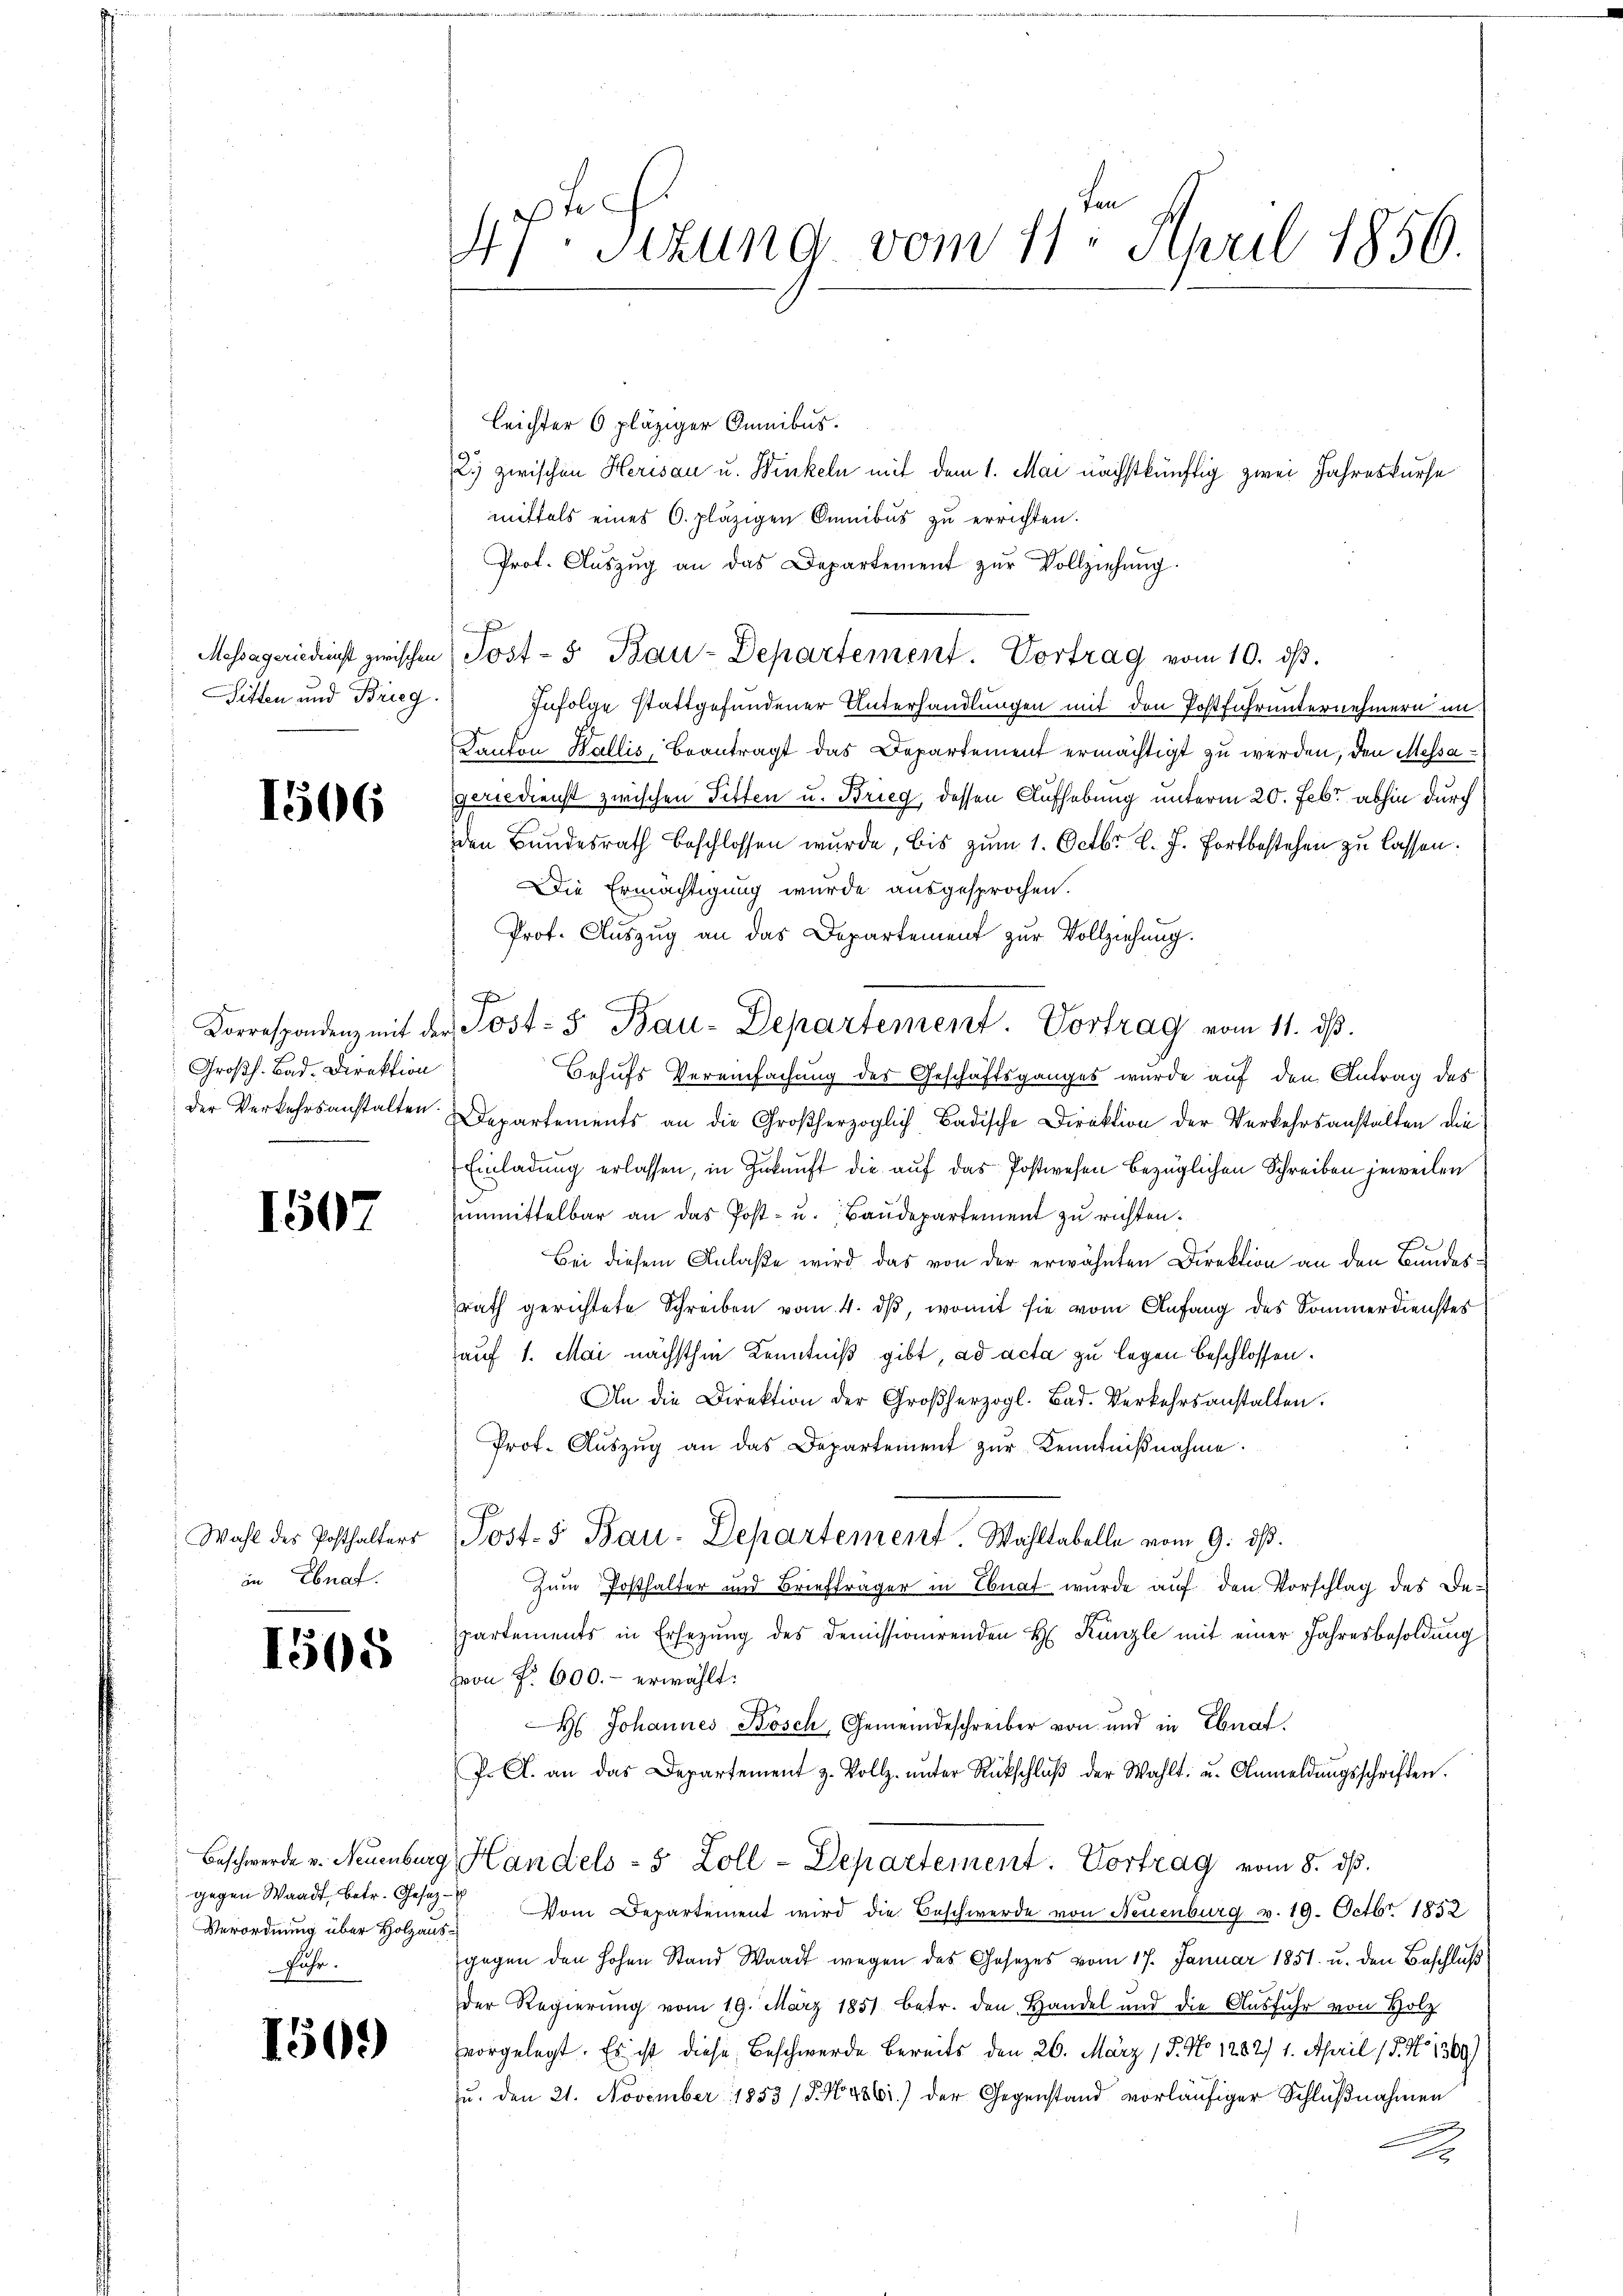
Messageriedienst zwischen
Sitten und Brieg

1506

Dorrespondenz mit der
Großh. Bad. Direktion
Der Verkehrsanstalten.

1507

Wahl des Posthalters
in Ebnaf.

1505

gegen Waadt, betr. Gesetz-
Verordnung über Holzausfuhr.

1569)

47r Sitzung vom 11. April 1856.

leichter 6 pläziger Omnibus.
2.) zwischen Herisau u. Winkeln mit dem 1. Mai nächstkünftig zwei Jahreskurse
mittels eines C. plätzigen Omnibus zu errichten.
Prot. Aŭszŭg an das Departement zŭr Vollziehŭng
(Post- & Bau-Departement. Vortrag vom 10. dβ.
Infolge stattgefundener Unterhandlungen mit den Postfuhrunternehmern un
Kanton Wallis, beantragt das Departement ermächtigt zu werden, den Messageriedienst zwischen Sitten u. Brieg dessen Aufhebung unterm 20. Febr. abhin durch
den Bundesrath beschlossen wurde, bis zum 1. Octbr. l. J. Fortbestehen zu lassen.
Die Ermächtigung wurde ausgesprochen.
Prof. Auszug an das Departement zur Vollziehung.
"Tost: 5. Bau-Departement. Vortrag vom 11. ds.
Behufs Vereinfachung des Geschäftsganges wurde auf den Antrag des
Departements an die Großherzoglich Badische Direktion der Verkehrsanstalten die
Einladung erlassen, in Zukunft die auf das Postwesen bezüglichen Schreiben jeweilen
unmittelbar an das Post- u. Baudepartement zu richten.
F
e
Bei diesem Anlaße wird das von der erwähnten Direktion an den Bundesrath gerichtete Schreiben vom 4. dβ, womit sie vom Anfang des Sommerdienstes
auf 1. Mai nächsthin Kenntniß gibt, ad acta zu legen beschlossen.
An die Direktion der Großherzogl. Bad. Verkehrsanstalten.
Prot. Aŭszŭg an das Departement zŭr Kenntniβnahme.
Post.5 Bau-Departement. Wahltabelle vom 9. ds.
Zum Posthalter und Briefträger in Ebnat wurde auf den Vorschlag des Departements in Ersezung des Demissionirenden H. Kanzle mit einer Jahresbesoldung
Hon P. 600.- erwählt:
H Johannes Bösch, Gemeindeschreiber von und in Ebnat
J. A. an das Departement z. Vollz. ŭnter Rückschlŭβ der Wahlt. u. Anmeldŭngsschriften.
Beschwerde v. Neuenburg, Handels - 5 Zoll - Departement: Vortrag vom 8. ds.
Vom Departement wird die Beschwerde von Neuenburg v. 19. Octbr. 1852
gegen den hohen Stand Waadt wegen des Gesetzes vom 17. Januar 1851 u. den Beschluß
der Regierung vom 19. März 1851 betr. den Handel und die Ausführ von Holz
vorgelegt. Es ist diese Beschwerde bereits den 26. März 18. No 1282/ 1. April 15. No 1309)
Ju. den 21. November 1853 /d. Ny86) der Gegenstand vorläufiger Schlußnahmen
g
d